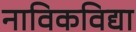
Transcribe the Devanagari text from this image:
नाविकविद्या